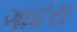
ગાદરા